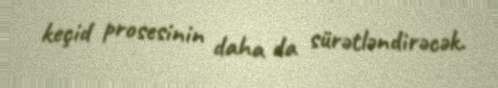
keçid prosesinin daha da sürətləndirəcək.